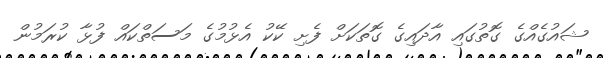
ޝައުގެއްގެ ގޮތުގައި އާދައިގެ ގޮތަކަށް ފެށި ކޭކު އެޅުމުގެ މަސަތްކައް ފުޅާ ކުރަމުން